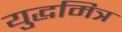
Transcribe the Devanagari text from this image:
युद्धमित्र